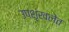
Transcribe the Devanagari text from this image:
उपशृंखलेत